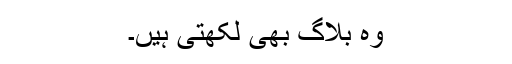
وہ بلاگ بھی لکھتی ہیں۔